Indian journal of veterinary science and animal husbandry - Volumes 18-21, 1948-1951
Year: 1948
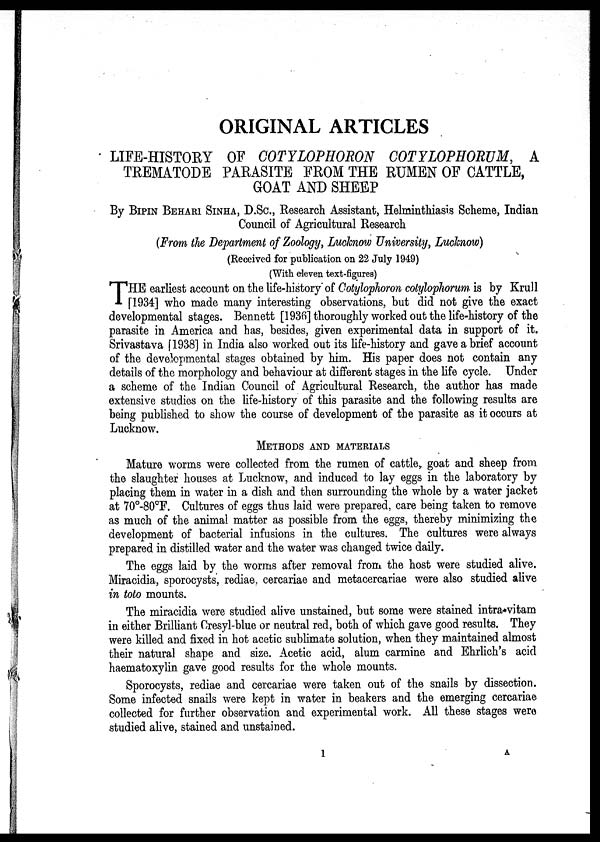
ORIGINAL ARTICLES
LIFE-HISTORY OF COTYLOPHORON COTYLOPHORUM, A
TREMATODE PARASITE FROM THE RUMEN OF CATTLE,
GOAT AND SHEEP
By BIPIN BEHARI SINHA, D.SC., Research Assistant, Helminthiasis Scheme, Indian
Council of Agricultural Research
(From the Department of Zoology, Lucknow University, Lucknow)
(Received for publication on 22 July 1949)
(With eleven text-figures)
T HE earliest account on the life-history of Cotylophoron cotylophorum is by Krull
[1934] who made many interesting observations, but did not give the exact
developmental stages. Bennett [1936] thoroughly worked out the life-history of the
parasite in America and has, besides, given experimental data in support of it.
Srivastava [1938] in India also worked out its life-history and gave a brief account
of the developmental stages obtained by him. His paper does not contain any
details of the morphology and behaviour at different stages in the life cycle. Under
a scheme of the Indian Council of Agricultural Research, the author has made
extensive studies on the life-history of this parasite and the following results are
being published to show the course of development of the parasite as it occurs at
Lucknow.
METHODS AND MATERIALS
Mature worms were collected from the rumen of cattle, goat and sheep from
the slaughter houses at Lucknow, and induced to lay eggs in the laboratory by
placing them in water in a dish and then surrounding the whole by a water jacket
at 70º-80ºF. Cultures of eggs thus laid were prepared, care being taken to remove
as much of the animal matter as possible from the eggs, thereby minimizing the
development of bacterial infusions in the cultures. The cultures were always
prepared in distilled water and the water was changed twice daily.
The eggs laid by the worms after removal from the host were studied alive.
Miracidia, sporocysts, rediae, cercariae and metacercariae were also studied alive
in toto mounts.
The miracidia were studied alive unstained, but some were stained intra vitam
in either Brilliant Cresyl-blue or neutral red, both of which gave good results. They
were killed and fixed in hot acetic sublimate solution, when they maintained almost
their natural shape and size. Acetic acid, alum carmine and Ehrlich's acid
haematoxylin gave good results for the whole mounts.
Sporocysts, rediae and cercariae were taken out of the snails by dissection.
Some infected snails were kept in water in beakers and the emerging cercariae
collected for further observation and experimental work. All these stages were
studied alive, stained and unstained.
1
A